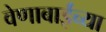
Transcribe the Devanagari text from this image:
वेणाबाईंच्या